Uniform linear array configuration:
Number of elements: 8
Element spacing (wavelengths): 0.75
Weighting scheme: hamming
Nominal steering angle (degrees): -15
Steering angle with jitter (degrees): -16.037
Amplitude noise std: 0.05
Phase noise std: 0.05

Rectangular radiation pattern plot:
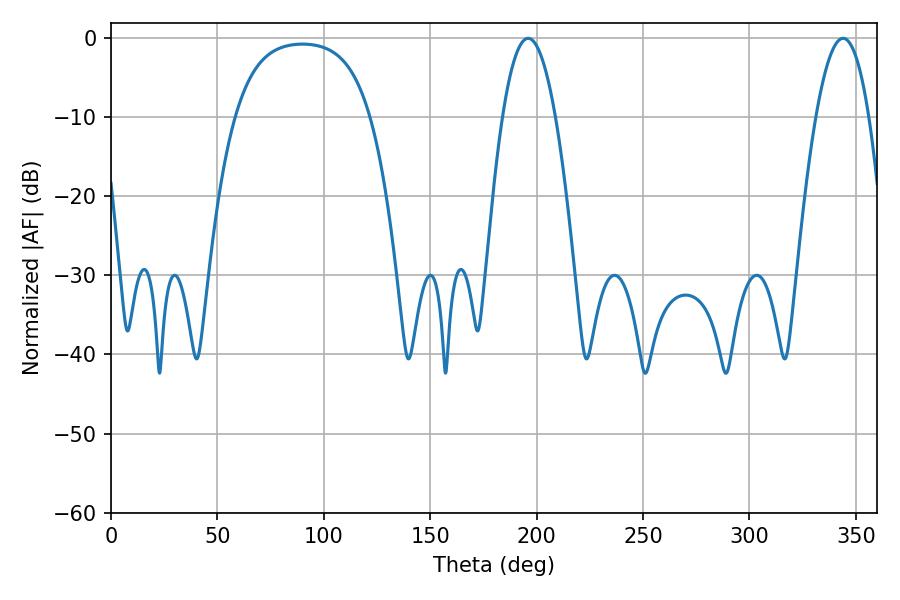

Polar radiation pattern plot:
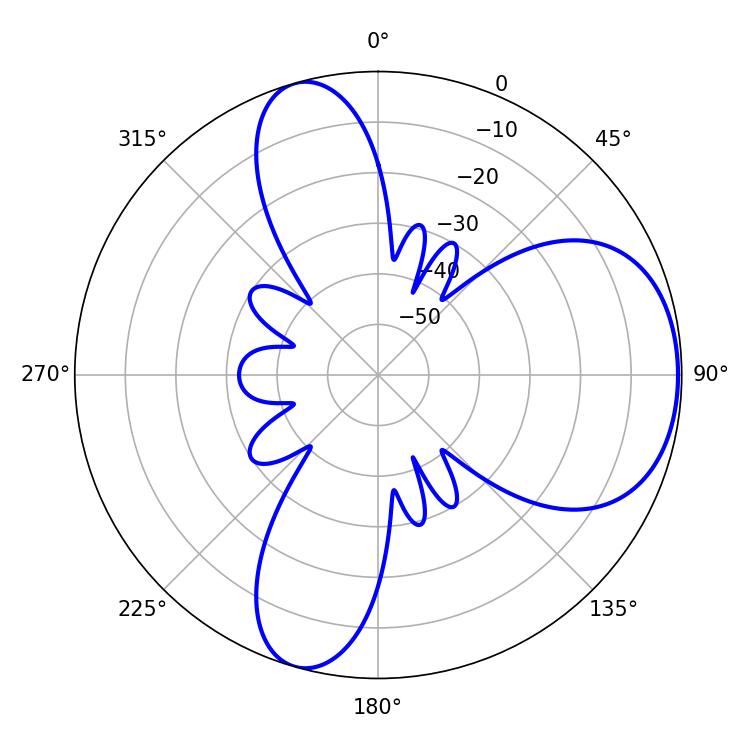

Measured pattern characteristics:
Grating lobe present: TRUE
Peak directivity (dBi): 6.274
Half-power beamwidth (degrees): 13.68
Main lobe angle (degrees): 196.02